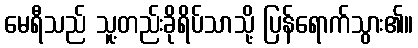
မေရီသည် သူ့တည်းခိုရိပ်သာသို့ ပြန်ရောက်သွား၏။